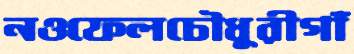
নওফেলচৌধুরীগাঁ